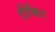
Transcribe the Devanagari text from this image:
टीबिट